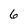
Character: 6